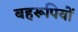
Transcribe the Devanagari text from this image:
बहरूपियों